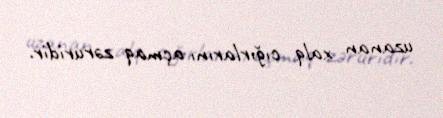
uzanan xalq cığırlarını açmaq zəruridir.